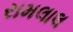
રામલાલ